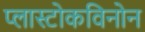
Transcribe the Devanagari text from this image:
प्लास्टोकविनोन